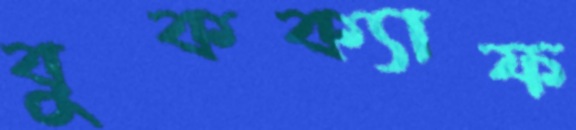
বুকক্যাফ